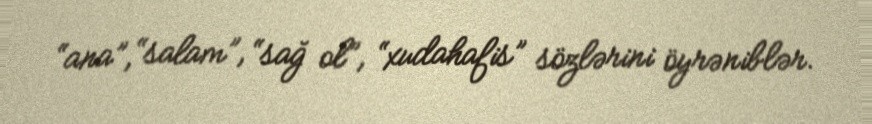
“ana”, “salam”, “sağ ol”, “xudahafis” sözlərini öyrəniblər.